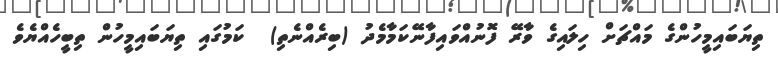
ތިޔަބައިމީހުންގެ މައްޗަށް ހިލައިގެ ވާރޭ ފޮނުއްވައިފާނޭކަމާމެދު (ބިރެއްނެތި)  ކަމުގައި ތިޔަބައިމީހުން ތިބީހެއްޔެވެ